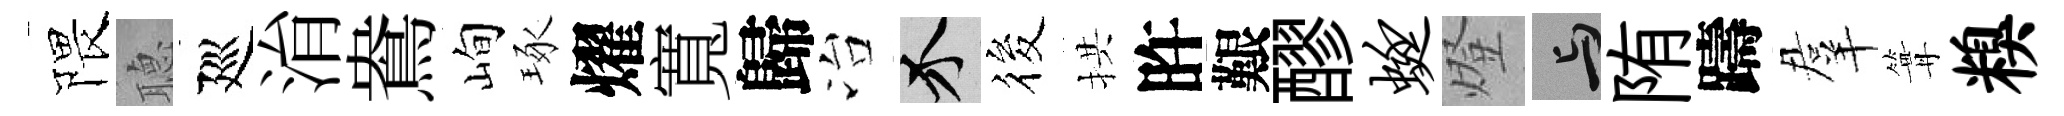
隈𦗟廵㳙鴦峋琢燿寬歸冶介筱拱旿艱醪蜓燈与陏躊羣篝糗